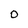
Character: 0